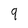
Character: 9